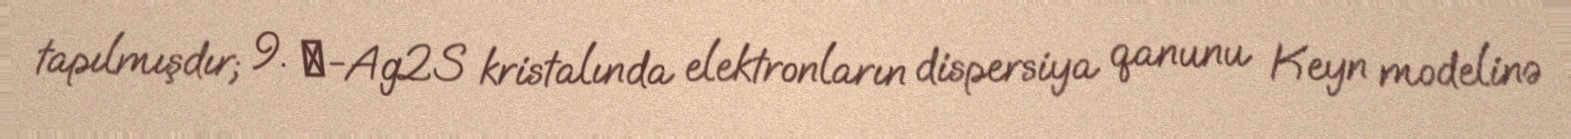
tapılmışdır; 9. β-Ag2S kristalında elektronların dispersiya qanunu Keyn modelinə